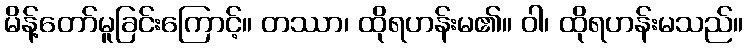
မိန့်တော်မူခြင်းကြောင့်။ တဿာ၊ ထိုရဟန်းမ၏။ ဝါ၊ ထိုရဟန်းမသည်။